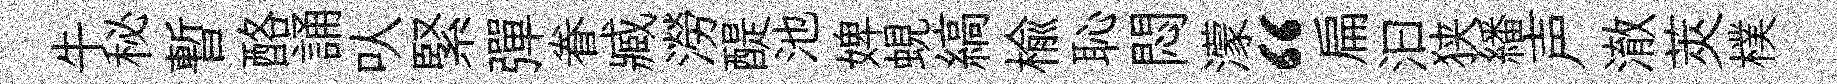
牛秘暫酪誦㕥緊彈眷臧澇醍池婢蜆縞榆恥悶濛“扁汩狭繙声澈莢樸